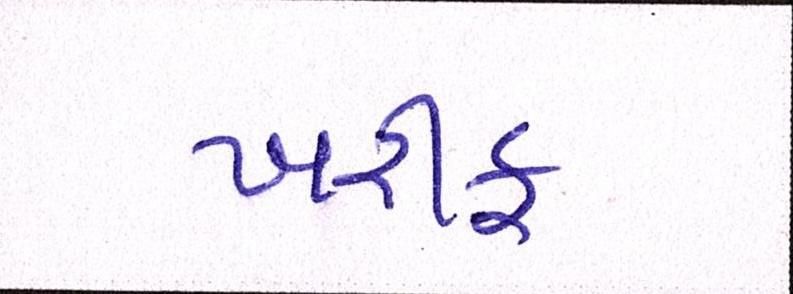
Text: ખરીફ